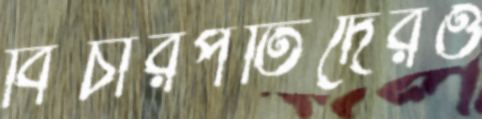
বিচারপতিদেরও